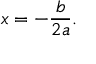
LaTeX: x = - { \frac { b } { 2 a } } .